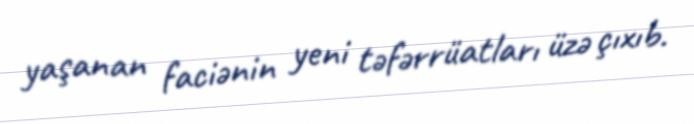
yaşanan faciənin yeni təfərrüatları üzə çıxıb.